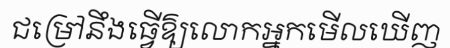
ជម្រៅនឹងធ្វើឱ្យលោកអ្នកមើលឃើញ